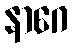
နာဂေ